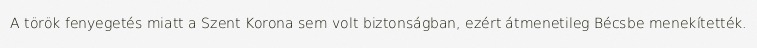
A török fenyegetés miatt a Szent Korona sem volt biztonságban, ezért átmenetileg Bécsbe menekítették.